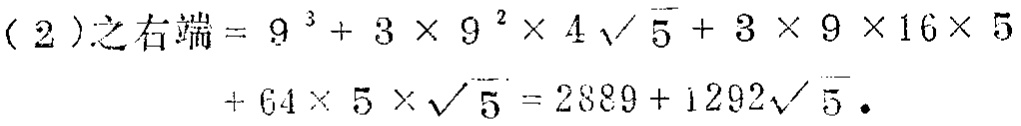
(2)之右端 = \(9^{3}+3\times9^{2}\times4\sqrt{5}+3\times9\times16\times5 + 64\times5\times\sqrt{5}=2889 + 1292\sqrt{5}\).